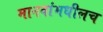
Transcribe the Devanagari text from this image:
मानवांमधीलच